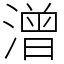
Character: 潧